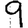
Digit: 9